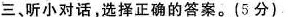
三、听小对话,选择正确的答案。(5 分)